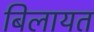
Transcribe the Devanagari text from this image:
बिलायत